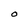
Character: o